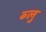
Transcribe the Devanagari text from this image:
ब्‍लु